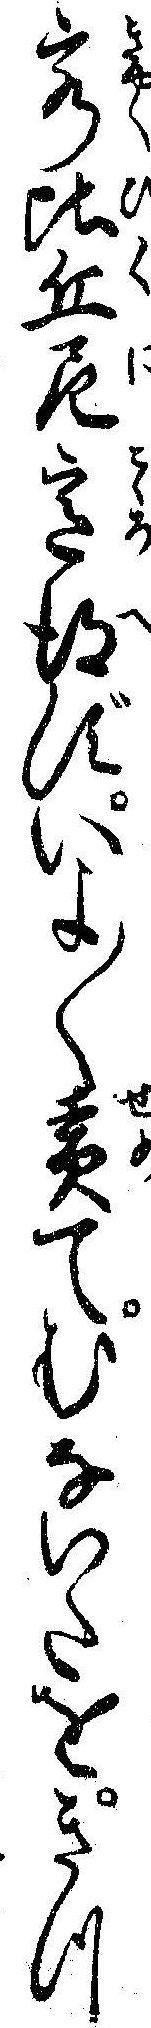
客比丘尼意得ずいよ〱責てむないたをきつ